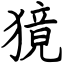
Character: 獍